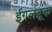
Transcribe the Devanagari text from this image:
ईगलब्रूक